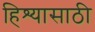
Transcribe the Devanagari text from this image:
हिश्यासाठी